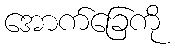
အောက်ခြေကို